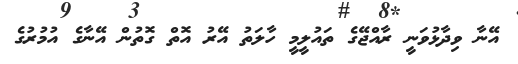
އޭނާ ވިދާޅުވަނީ ރާއްޖޭގެ ތައުލީމީ ހާލަތު އޭރު އޮތް ގޮތުން އޭނާގެ އުމުރުގެ